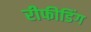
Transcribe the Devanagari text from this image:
रीफीडिंग